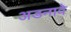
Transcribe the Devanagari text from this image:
अडनावे